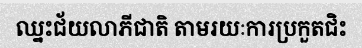
ឈ្នះជ័យលាភីជាតិ តាមរយៈការប្រកួតជិះ